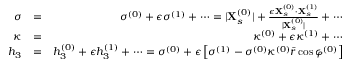
\begin{array} { r l r } { \sigma } & { = } & { \sigma ^ { ( 0 ) } + \epsilon \sigma ^ { ( 1 ) } + \cdots = | \mathbf { X } _ { s } ^ { ( 0 ) } | + \frac { \epsilon \mathbf { X } _ { s } ^ { ( 0 ) } \cdot \mathbf { X } _ { s } ^ { ( 1 ) } } { | \mathbf { X } _ { s } ^ { ( 0 ) } | } + \cdots } \\ { \kappa } & { = } & { \kappa ^ { ( 0 ) } + \epsilon \kappa ^ { ( 1 ) } + \cdots } \\ { h _ { 3 } } & { = } & { h _ { 3 } ^ { ( 0 ) } + \epsilon h _ { 3 } ^ { ( 1 ) } + \cdots = \sigma ^ { ( 0 ) } + \epsilon \left[ \sigma ^ { ( 1 ) } - \sigma ^ { ( 0 ) } \kappa ^ { ( 0 ) } \bar { r } \cos \varphi ^ { ( 0 ) } \right] } \end{array}